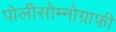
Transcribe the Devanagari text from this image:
पोलीसोम्नोग्राफी